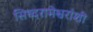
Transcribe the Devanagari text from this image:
सिध्दरामेश्वरांशी